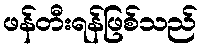
ဖန်တီးရန်ဖြစ်သည်